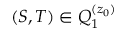
( S , T ) \in Q _ { 1 } ^ { ( z _ { 0 } ) }